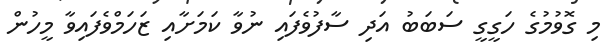
މި ގޮވުމުގެ ހަގީގީ ސަބަބު އަދި ސާފުވެފައި ނުވާ ކަމަށާއި ޒަހަމްވެފައިވާ މީހުން